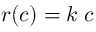
r ( c ) = k \; c